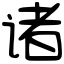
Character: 诸